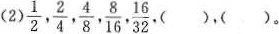
(2)\frac{1}{2}, \frac{2}{4}, \frac{4}{8}, \frac{8}{16}, \frac{16}{32},( ),( )。